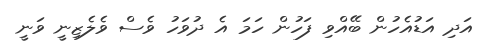
އަދި އަޑުއެހުން ބޭއްވި ފަހުން ހަމަ އެ ދުވަހު ވެސް ވެލެޒިނީ ވަނީ